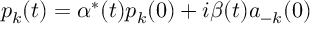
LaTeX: p _ { k } ( t ) = \alpha ^ { * } ( t ) p _ { k } ( 0 ) + i \beta ( t ) a _ { - k } ( 0 )